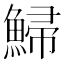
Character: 鯞